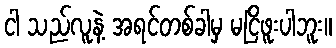
ငါ သည်လူနဲ့ အရင်တစ်ခါမှ မငြိဖူးပါဘူး။